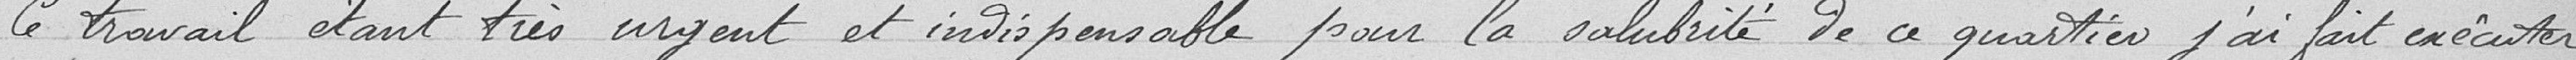
Ce travail étant très urgent et indispensable pour la salubrité de ce quartier, j'ai fait exécuter